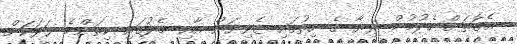
އެގޮތަށް ހެދުމުން ރިޔާ ގެ ހިތުގައި ޒެވިޔަން އާއި މެދުގައި ކިތަންމެ ވަރަކަށް